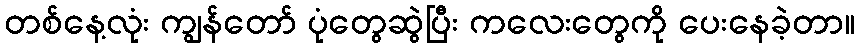
တစ်နေ့လုံး ကျွန်တော် ပုံတွေဆွဲပြီး ကလေးတွေကို ပေးနေခဲ့တာ။